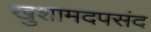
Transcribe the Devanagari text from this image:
खुशामदपसंद